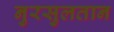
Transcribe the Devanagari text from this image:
नुरसुलतान